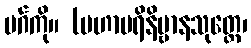
မဂ်ကို။ (မဟာပရိနိဗ္ဗာနသုတ္တေ၊